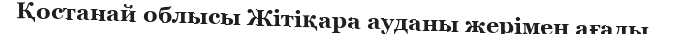
Қостанай облысы Жітіқара ауданы жерімен ағады.